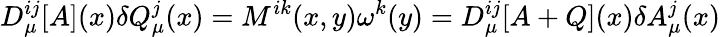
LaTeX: D_{\mu}^{ij}[A](x)\delta Q_{\mu}^{j}(x)=M^{ik}(x,y)\omega^{k}(y)=D_{\mu}^{ij}[A+Q](x)\delta A_{\mu}^{j}(x)